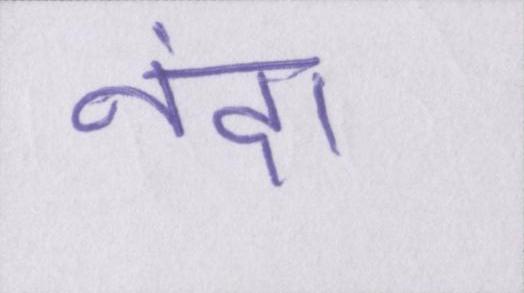
नंदा